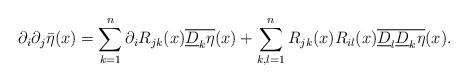
LaTeX: \begin{align*} \partial_i\partial_j\bar{\eta}(x) = \sum_{k=1}^n\partial_iR_{jk}(x)\overline{\underline{D}_k\eta}(x)+\sum_{k,l=1}^nR_{jk}(x)R_{il}(x)\overline{\underline{D}_l\underline{D}_k\eta}(x). \end{align*}